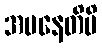
အပနေတိပိ